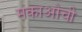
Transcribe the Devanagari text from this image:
मकाओची